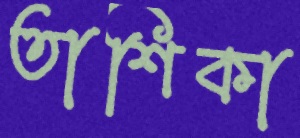
তাশিকা